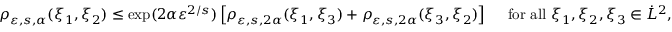
\begin{array} { r } { \rho _ { \varepsilon , s , \alpha } ( \xi _ { 1 } , \xi _ { 2 } ) \leq \exp ( 2 \alpha \varepsilon ^ { 2 / s } ) \left[ \rho _ { \varepsilon , s , 2 \alpha } ( \xi _ { 1 } , \xi _ { 3 } ) + \rho _ { \varepsilon , s , 2 \alpha } ( \xi _ { 3 } , \xi _ { 2 } ) \right] \quad \mathrm { ~ f o r ~ a l l ~ } \xi _ { 1 } , \xi _ { 2 } , \xi _ { 3 } \in \dot { L } ^ { 2 } , } \end{array}